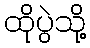
ထိုပွဲသို့